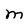
Character: M